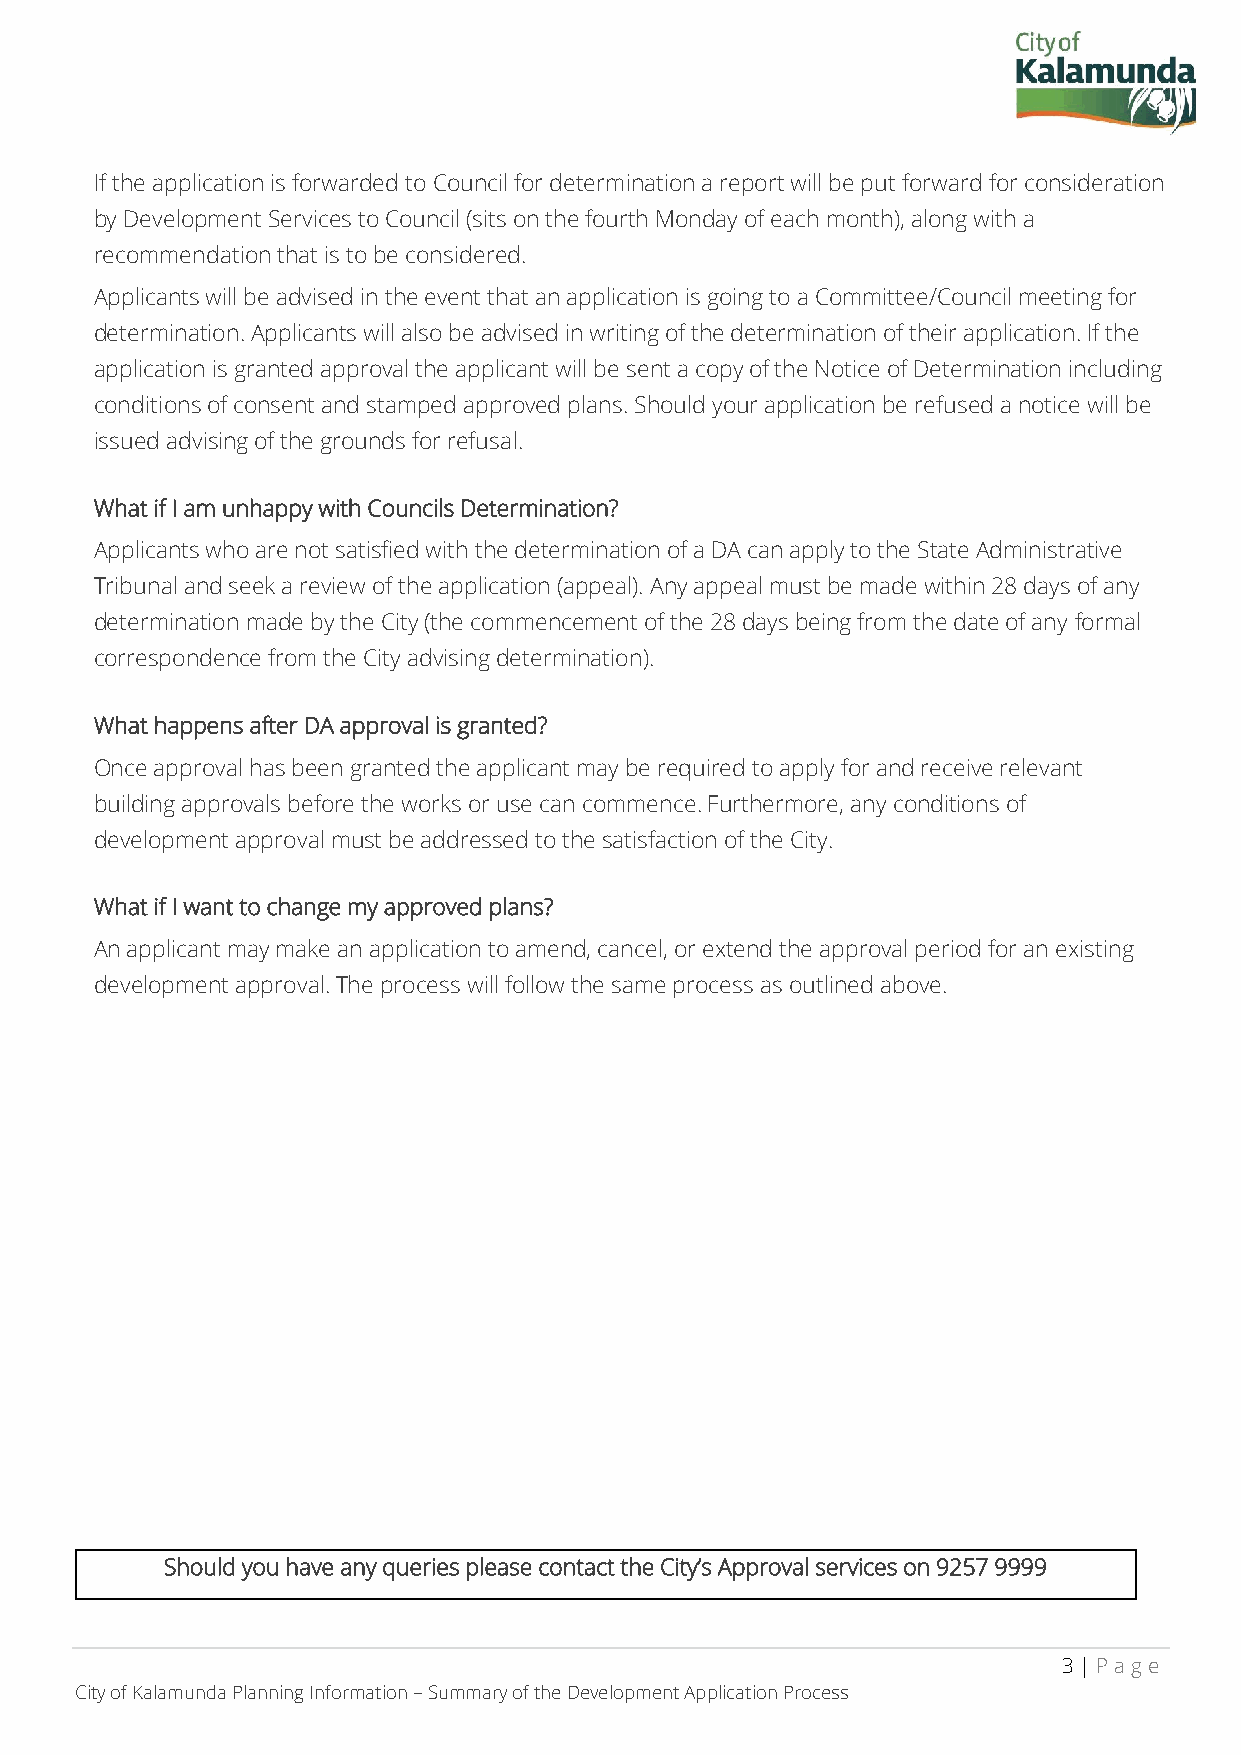
If the application is forwarded to Council for determination a report will be put forward for consideration
 by Development Services to Council (sits on the fourth Monday of each month), along with a
 recommendation that is to be considered.
 Applicants will be advised in the event that an application is going to a Committee/Council meeting for
 determination. Applicants will also be advised in writing of the determination of their application. If the
 application is granted approval the applicant will be sent a copy of the Notice of Determination including
 conditions of consent and stamped approved plans. Should your application be refused a notice will be
 issued advising of the grounds for refusal.
 What if I am unhappy with Councils Determination?
 Applicants who are not satisfied with the determination of a DA can apply to the State Administrative
 Tribunal and seek a review of the application (appeal). Any appeal must be made within 28 days of any
 determination made by the City (the commencement of the 28 days being from the date of any formal
 correspondence from the City advising determination).
 What happens after DA approval is granted?
 Once approval has been granted the applicant may be required to apply for and receive relevant
 building approvals before the works or use can commence. Furthermore, any conditions of
 development approval must be addressed to the satisfaction of the City.
 What if I want to change my approved plans?
 An applicant may make an application to amend, cancel, or extend the approval period for an existing
 development approval. The process will follow the same process as outlined above.
 Should you have any queries please contact the City’s Approval services on 9257 9999
 3 | P age
 City of Kalamunda Planning Information – Summary of the Development Application Process